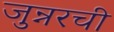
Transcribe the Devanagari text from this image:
जुन्नरची